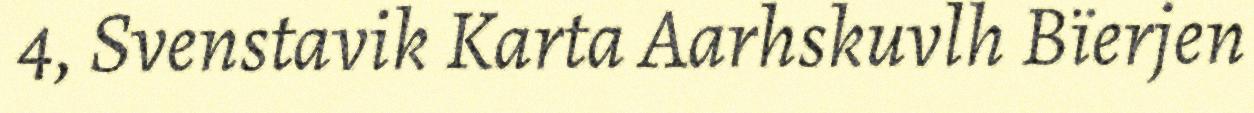
4, Svenstavik Karta Aarhskuvlh Bïerjen